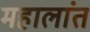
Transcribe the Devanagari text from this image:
महालांत